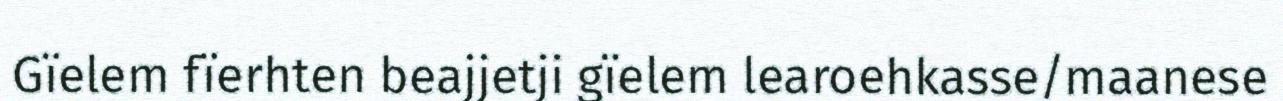
Gïelem fïerhten beajjetji gïelem learoehkasse/maanese